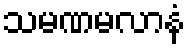
သမဏမလာနံ